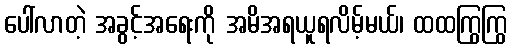
ပေါ်လာတဲ့ အခွင့်အရေးကို အမိအရယူရလိမ့်မယ်၊ ထထကြွကြွ